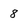
Character: 8